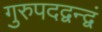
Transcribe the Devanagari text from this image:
गुरुपदद्वन्द्वं